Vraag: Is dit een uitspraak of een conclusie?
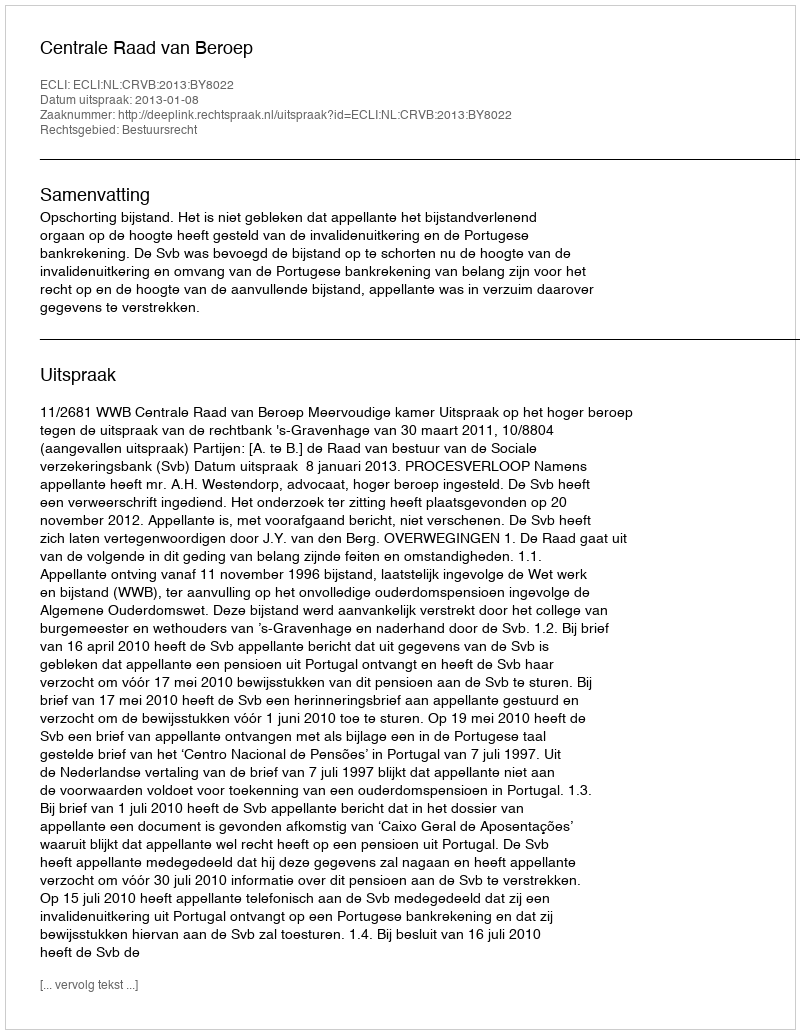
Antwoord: Uitspraak